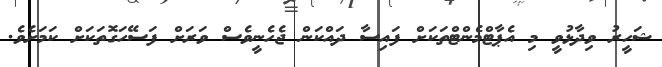
ޝަހީރު ވިދާޅުވީ މި އެޕާޓްމެންޓްތަކަށް ފައިސާ ދައްކަން ޖެހެނީވެސް ވަރަށް ފަސޭހަގޮތަަކަށް ކަމަށެވެ.